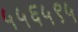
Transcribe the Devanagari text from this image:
५५६५९५